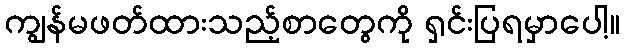
ကျွန်မဖတ်ထားသည့်စာတွေကို ရှင်းပြရမှာပေါ့။